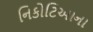
નિકોટિઆના